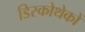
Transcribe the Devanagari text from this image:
डिस्कोथेकों